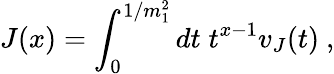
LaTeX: J(x)=\int_{0}^{1/m_{1}^{2}}dt\; t^{x-1}v_{J}(t)\ ,